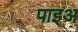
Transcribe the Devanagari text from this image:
पाइअ